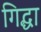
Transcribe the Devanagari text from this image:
गिद्धा